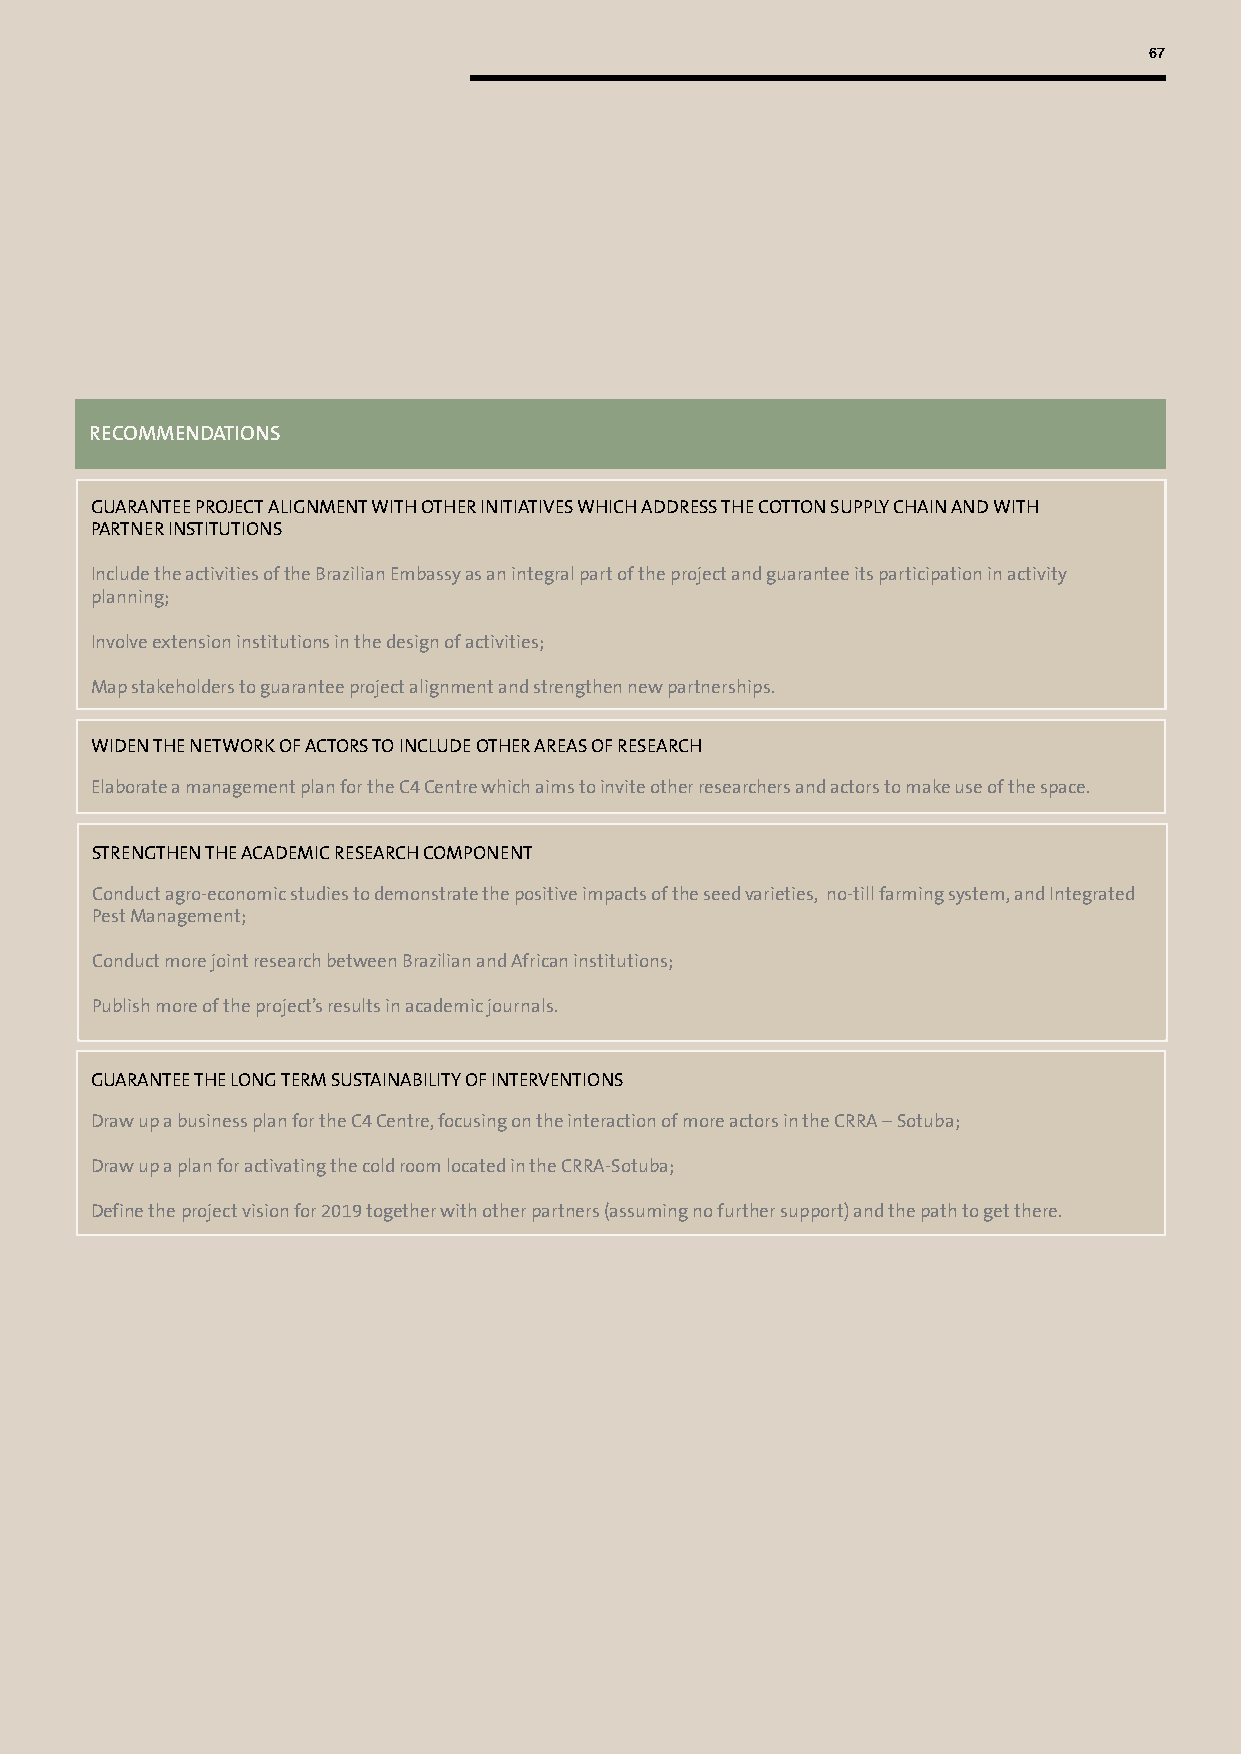
67
 RECOMMENDATIONS
 GUARANTEE PROJECT ALIGNMENT WITH OTHER INITIATIVES WHICH ADDRESS THE COTTON SUPPLY CHAIN AND WITH
 PARTNER INSTITUTIONS
 Include the activities of the Brazilian Embassy as an integral part of the project and guarantee its participation in activity
 planning;
 Involve extension institutions in the design of activities;
 Map stakeholders to guarantee project alignment and strengthen new partnerships.
 WIDEN THE NETWORK OF ACTORS TO INCLUDE OTHER AREAS OF RESEARCH
 Elaborate a management plan for the C4 Centre which aims to invite other researchers and actors to make use of the space.
 STRENGTHEN THE ACADEMIC RESEARCH COMPONENT
 Conduct agro-economic studies to demonstrate the positive impacts of the seed varieties, no-till farming system, and Integrated
 Pest Management;
 Conduct more joint research between Brazilian and African institutions;
 Publish more of the project’s results in academic journals.
 GUARANTEE THE LONG TERM SUSTAINABILITY OF INTERVENTIONS
 Draw up a business plan for the C4 Centre, focusing on the interaction of more actors in the CRRA – Sotuba;
 Draw up a plan for activating the cold room located in the CRRA-Sotuba;
 Define the project vision for 2019 together with other partners (assuming no further support) and the path to get there.